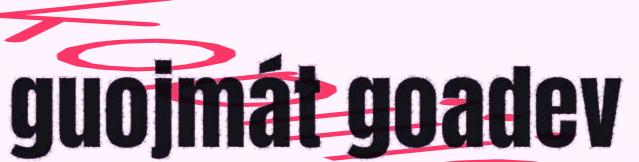
guojmát goadev